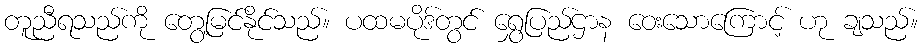
တူညီရသည်ကို တွေ့မြင်နိုင်သည်။ ပထမပိုဒ်တွင် ရွှေပြည်ဌာန ဝေးသောကြောင့် ဟု ချသည်။